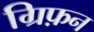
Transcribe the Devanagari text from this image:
ग्रिफ़न